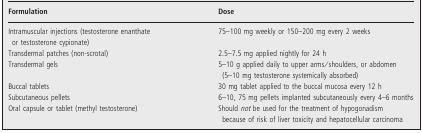
| Formulation | Dose |
 | --- | --- |
 | Intramuscular injections (testosterone enanthate or testosterone cypionate) | 75–100 mg weekly or 150–200 mg every 2 weeks |
 | Transdermal patches (non-scrotal) | 2.5–7.5 mg applied nightly for 24 h |
 | Transdermal gels | 5–10 g applied daily to upper arms/shoulders, or abdomen (5–10 mg testosterone systemically absorbed) |
 | Buccal tablets | 30 mg tablet applied to the buccal mucosa every 12 h |
 | Subcutaneous pellets | 6–10, 75 mg pellets implanted subcutaneously every 4–6 months |
 | Oral capsule or tablet (methyl testosterone) | Should not be used for the treatment of hypogonadism because of risk of liver toxicity and hepatocellular carcinoma |